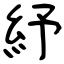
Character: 紓